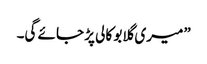
”میری گلابو کالی پڑ جائے گی۔